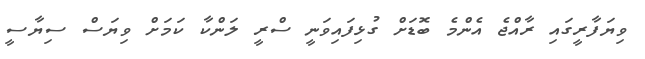
ވިޔަފާރީގައި ރާއްޖެ އެންމެ ބޮޑަށް ގުޅިފައިވަނީ ސްރީ ލަންކާ ކަމަށް ވިޔަސް ސިޔާސީ